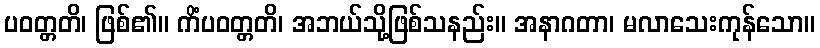
ပဝတ္တတိ၊ ဖြစ်၏။ ကိံပဝတ္တတိ၊ အဘယ်သို့ဖြစ်သနည်း။ အနာဂတာ၊ မလာသေးကုန်သော။